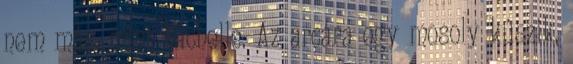
nem más, mint Michelle. Az arcára egy mosoly kúszik,